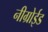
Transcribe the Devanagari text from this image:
नीग्रोईड